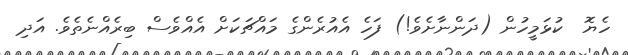
ހެޔޮ  ކުޅަމީހުން (ދަންނާށެވެ!) ފަހެ އެއުރެންގެ މައްޗަކަށް އެއްވެސް ބިރެއްނެތެވެ. އަދި